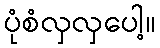
ပုံစံလှလှပေါ့။